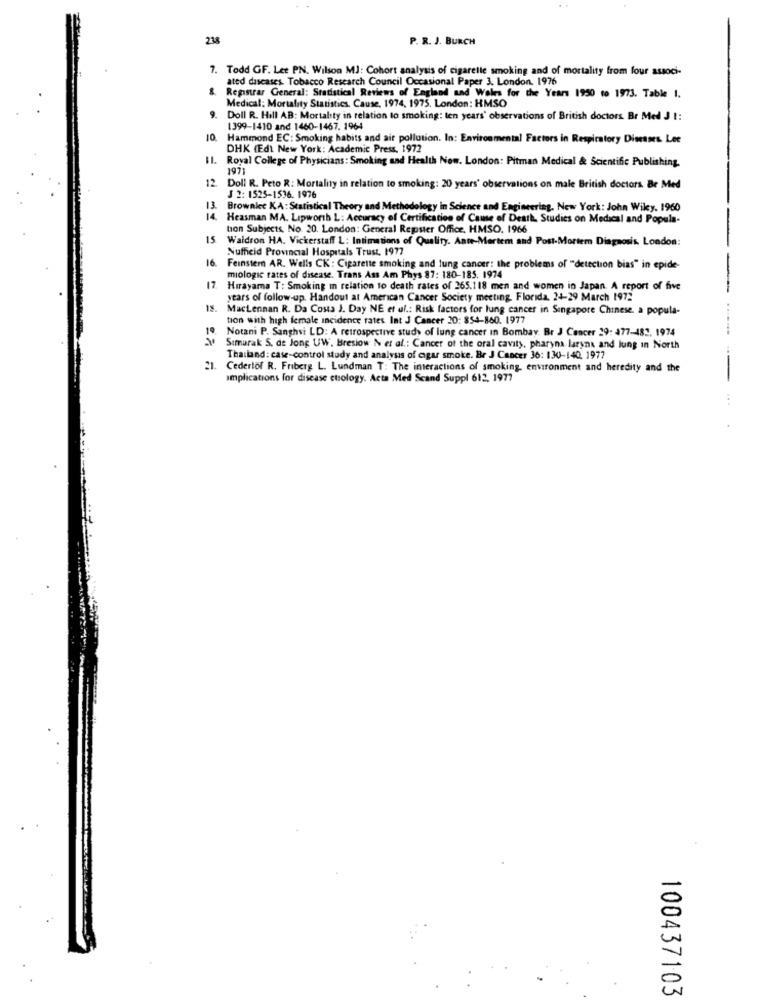
238
P. R. J. BURCH
7. Todd GF. Lee PN. Wilson MJ: Cohort analysis of cigarelle smoking and of mortality from four associ-
ated dascases. Tobacco Research Council Occasional Paper 3. London. 1976
&. Registrar General: Statistical Reviews of England and Wales for the Years 1950 to 1973. Table 1.
9.
Medical: Mortality Statistics. Cause, 1974, 1975. London: HMSO
Doll R. Hill AB: Mortality in relation to smoking: ten years' observations of British doctors. Br Med J I:
1399-1410 and 1460-1467. 1964
10
Hammond EC: Smoking habits and air pollution. In: Environmental Factors in Respiratory Diseases. Lee
DHK (Edt New York: Academic Press, 1972
Royal College of Physicians : Smoking and Health Now. London: Pitman Medical & Scientific Publishing.
1971
12
Doll R. Peto R: Mortality in relation to smoking: 20 years' observations on male British doctors. Be Med
J 2: 1525-1536. 1976
13. Brownkc KA: Statistical Theory and Methodology in Science and Engineering. New York: John Wiley. 1960
14
Heasman MA. Lipworth L: Accuracy of Certification of Cause of Death. Studies on Medical and Popula-
tion Subjects, No. 20. London: General Reposter Office. HMSO. 1966
15
Waldron HA. Vickerstaff L: Intimations of Quality. Ante-Mortem and Post-Mortem Diagnosis. London:
Nufficid Provincial Hospitals Trust. 1977
16.
Feinster AR. Wells CK : Cigarette smoking and lung cancer: the problems of "detection bias" in epide-
miologic rates of disease. Trans Ass Am Phys 87: 180-185. 1974
17.
Hırayama T: Smoking In relation to death rates of 265.118 men and women in Japan. A report of five
years of follow-up. Handout at American Cancer Society meeting. Florida, 24-29 March 1972
18.
MacLennan R. Da Costa J. Day NE et al .: Risk factors for lung cancer in Singapore Chinese. a popula-
tion with high female incidence rates Int J Cancer 20: 854-860. 1977
19
Notani P. Sanghi LD: A retrospective study of lung cancer in Bombay. Br J Cancer 29: 477-482. 1974
Simarak S. de Jong UW. Bresiow N et al .: Cancer of the oral cavity, pharyna laryna and lung in North
Thailand: case-control study and analysis of cigar smoke. Br J Cancer 36: 130-140, 1977
Cedertof R. Friberg L. Lundman T: The imeractions of smoking, environment and heredity and the
Implications for disease etsology. Acta Med Scand Suppl 612, 1977
--
100437103